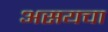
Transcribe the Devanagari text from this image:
असयचा